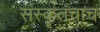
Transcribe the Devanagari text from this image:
संस्कॄतचाच